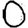
Digit: 0